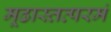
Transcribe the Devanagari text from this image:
मूढास्तत्परमं